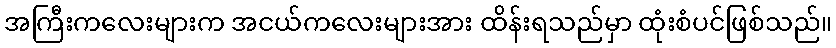
အကြီးကလေးများက အငယ်ကလေးများအား ထိန်းရသည်မှာ ထုံးစံပင်ဖြစ်သည်။